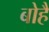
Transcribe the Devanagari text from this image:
बोहै